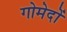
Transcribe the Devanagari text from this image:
गोमेदों